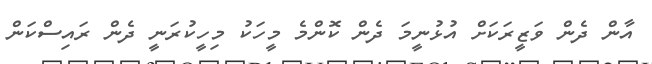
އާން ދެން ވަޒީރަކަށް އުޅުނީމަ ދެން ކޮންމެ މީހަކު މިހީކުރަނީ ދެން ރައިސްކަން